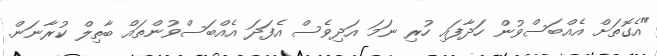
"އެގޮތަށް އެއްބަސްވުން ހަދާފައި ހުރި ނަމަ އަދިވެސް އެފަދަ އެއްބަސްވުންތައް ބާތިލް ކުރާނަން.